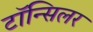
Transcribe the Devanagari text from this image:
टॉन्सिलर